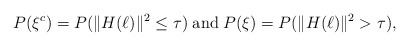
\begin{align*}P(\xi^{c}) & =P(\|H(\ell)\|^{2}\le\tau)\;\mbox{and}\; P(\xi)=P(\|H(\ell)\|^{2}>\tau),\end{align*}